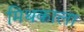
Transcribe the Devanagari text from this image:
मिथकाला